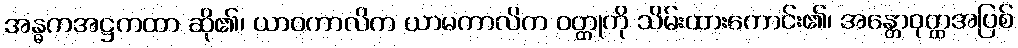
အန္ဓကအဋ္ဌကထာ ဆို၏၊ ယာဝကာလိက ယာမကာလိက ဝတ္ထုကို သိမ်းထားကောင်း၏၊ အန္တောဝုတ္ထအပြစ်